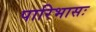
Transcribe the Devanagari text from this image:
पारिभासः